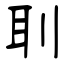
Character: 刵